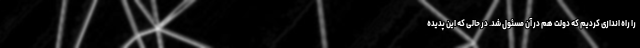
را راه اندازی کردیم که دولت هم در آن مسئول شد. در حالی که این پدیده